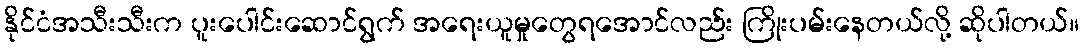
နိုင်ငံအသီးသီးက ပူးပေါင်းဆောင်ရွက် အရေးယူမှုတွေရအောင်လည်း ကြိုးပမ်းနေတယ်လို့ ဆိုပါတယ်။